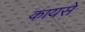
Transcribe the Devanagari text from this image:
कायसे